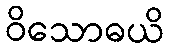
ဝိသောဓယိ